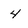
Character: 4